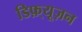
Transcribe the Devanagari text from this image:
डिफ़्यूज़न